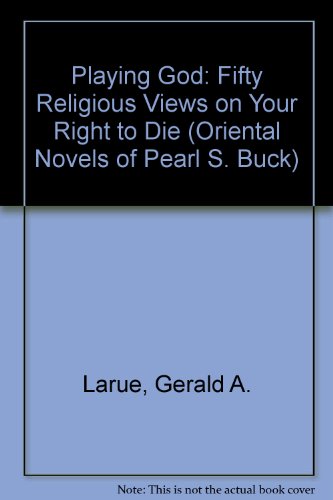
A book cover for Playing God: 50 Religions Views On Your Right To Die; Gerald Larue; Medical Books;